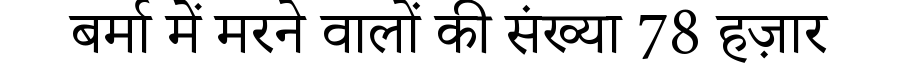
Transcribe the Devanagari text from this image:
बर्मा में मरने वालों की संख्या 78 हज़ार